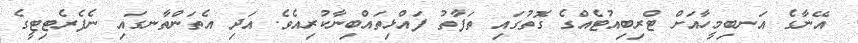
އޭނާގެ އަނބިމީހާއަށް ޓްރިބިއުޓެއްގެ ގޮތުގައި ތަފާތު ފައްޅިތައްބިނާކުރިއެވެ. އަދި އެތަންތާނގައި ނެފެރެޓިޓީގެ